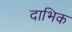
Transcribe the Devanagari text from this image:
दाभिक